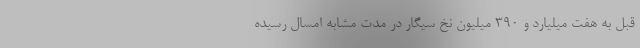
قبل به هفت میلیارد و ۳۹۰ میلیون نخ سیگار در مدت مشابه امسال رسیده